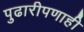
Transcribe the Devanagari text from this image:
पुढारीपणाही